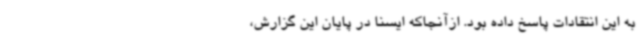
به این انتقادات پاسخ داده بود. ازآنجاکه ایسنا در پایان این گزارش،